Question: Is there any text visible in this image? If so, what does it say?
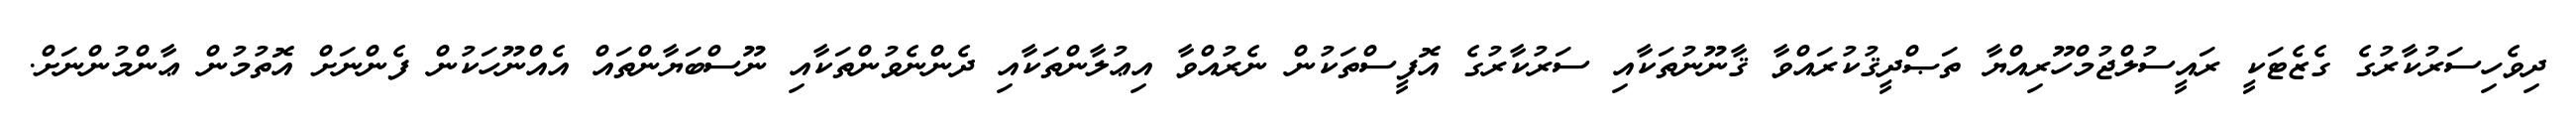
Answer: ދިވެހިސަރުކާރުގެ ގެޒެޓަކީ ރައީސުލްޖުމްހޫރިއްޔާ ތަޞްދީޤުކުރައްވާ ޤާނޫނުތަކާއި ސަރުކާރުގެ އޮފީސްތަކުން ނެރުއްވާ އިޢުލާންތަކާއި ދެންނެވުންތަކާއި ނޫސްބަޔާންތައް އެއްނޫހަކުން ފެންނަށް އޮތުމުން ޢާންމުންނަށް.